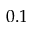
0 . 1